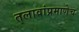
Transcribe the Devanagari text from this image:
तलावांप्रमाणेच